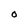
Character: O